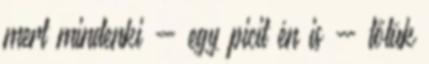
mert mindenki - egy picit én is - tőlük